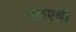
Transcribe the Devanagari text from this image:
एलएबी